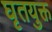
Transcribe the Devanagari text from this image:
घृतयुक्त